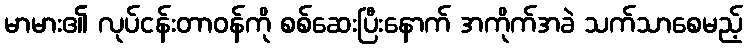
မာမား၏ လုပ်ငန်းတာဝန်ကို စစ်ဆေးပြီးနောက် အကိုက်အခဲ သက်သာစေမည့်